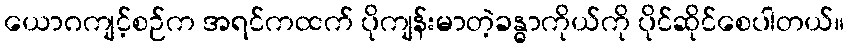
ယောဂကျင့်စဉ်က အရင်ကထက် ပိုကျန်းမာတဲ့ခန္ဓာကိုယ်ကို ပိုင်ဆိုင်စေပါတယ်။